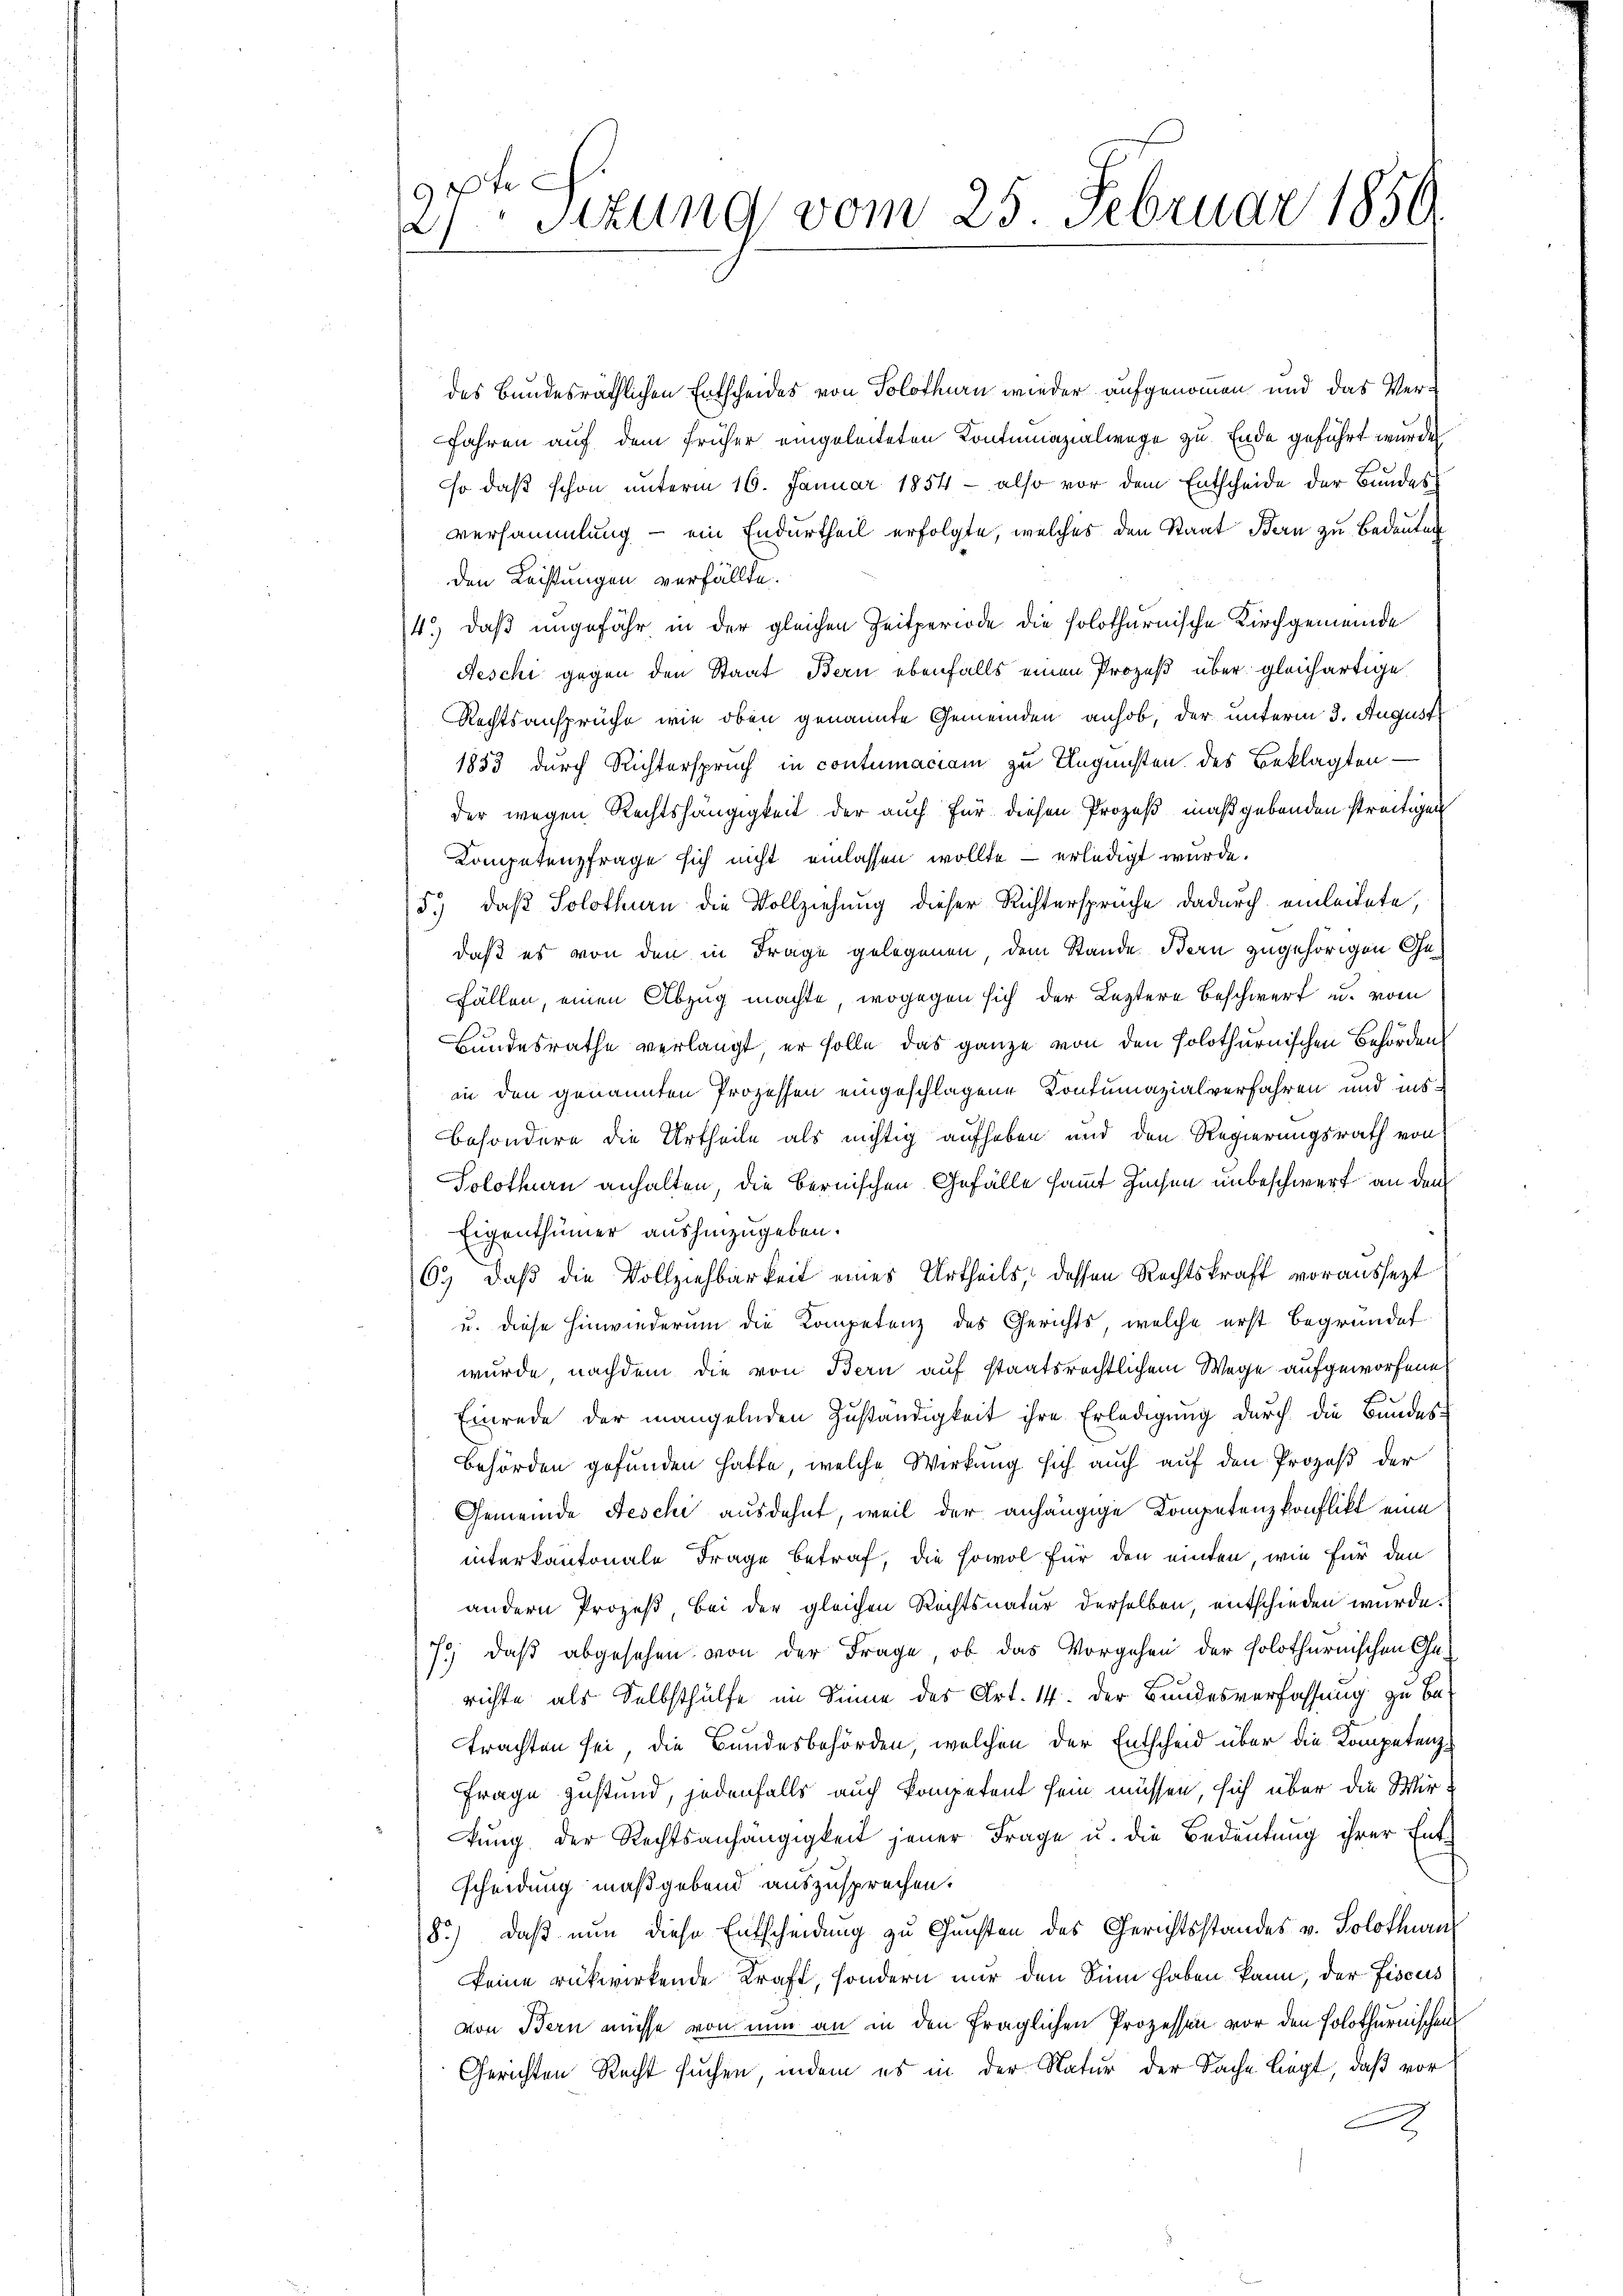
27 Sttung vom 25. Februar 1850

des Bundesräthlichen Entscheides von Solothurn wieder aufgenommen und das Ver¬
Jahren auf dem früher eingeleiteten Kontumazialwege zu Ende geführt wurde
so daß schon unterm 16. Januar 1854 - also vor dem Entscheide der Bundes
versammlung - ein Endurtheil erfolgte, welches den Staat Bern zu Bedeutung
den Leistungen verfällte.
4.) Daß ungefähr in der gleichen Zeitperiode die solothurnische Kirchgemeinde
Feschi gegen den Staat Bern ebenfalls einen Prozeß über gleichartige
Rechtsansprüche wie oben genannte Gemeinden anhob, der unterm 3. August
1883 durch Richterspruch in contumaciam zu Ungunsten des Beklagten
der wegen Rechtshängigkeit der auch für diesen Prozeß maßgebenden streitigen
Kompetenzfrage sich nicht einlassen wollte – erledigt wurde.
5.) daß Solothurn die Vollziehung dieser Richtersprüche dadurch einleitete,
daß es von den in Frage gelegenen, dem Stande Bern zugehörigen Ge¬
Fällen, einen Abzug machte, wogegen sich der Leztere Beschwert u. vom
Bundesrathe verlangt, er solle das ganze von den solothurnischen Behörden
in den genannten Prozessen eingeschlagene Kontumazialverfahren und insbesondere die Urtheile als nichtig aufheben und den Regierungsrath von
Solothurn anhalten, die Bernischen Gefälle sammt Zechen unbeschwert an den
Eigenthümer aushinzugeben.
69, daß die Vollziehbarkeit eines Urtheils, dessen Rechtskraft voraussezt
u. diese Hinwiederung die Kompetenz des Gerichts, welche erst begründet
wurde nachdem die von Bern auf staatsrechtlichem Wege aufgeworfene
Einrede der mangelnden Zuständigkeit ihre Erledigung durch die Bundes-
Behörden gefunden hatte, welche Wirkung sich auch auf den Prozeß der
Gemeinde Aeschi ausdehnt, weil der anhängige Kompetenzkonflikt eine
interkantonale Frage betraf, die sowol für den einten, wie für den
andern Prozeß bei der gleichen Rechtsnatur derselben, entschieden würde.
7) daß abgesehen von der Frage, ob das Vorgehen der holothurnischen Gerichte als Selbsthülfe im Sinne des Art. 14. der Bundesverfassung zu betrachten sei die Bundesbehörden, welchen der Entscheid über die Kompetenz¬
Frage zustand, jedenfalls auch kompetent sein müssen, sich über die Wirkŭng der Rechtsanhängigkeit jener Frage u. die Bedeutung ihrer Ent-
scheidung maßgebend auszusprechen.
8.) Daß nun diese Entscheidung zu Gunsten des Gerichtsstandes v. Solothurn
keine rükwirkende Kraft, sondern nur den Sinn haben kann, der Fiscus
von Bern müsse von nun an in den fraglichen Prozessen vor den Polothurnischen
Gerichten Recht suchen, indem es in der Natur der Sache liegt, daß vor
A